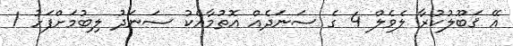
އޭ ޤަބޫލުކުރާ ލެވެލް 4 ގެ ސަނަދެއް އޮތުމާއެކު ސަނަދު ލިބުމަށްފަހު 1